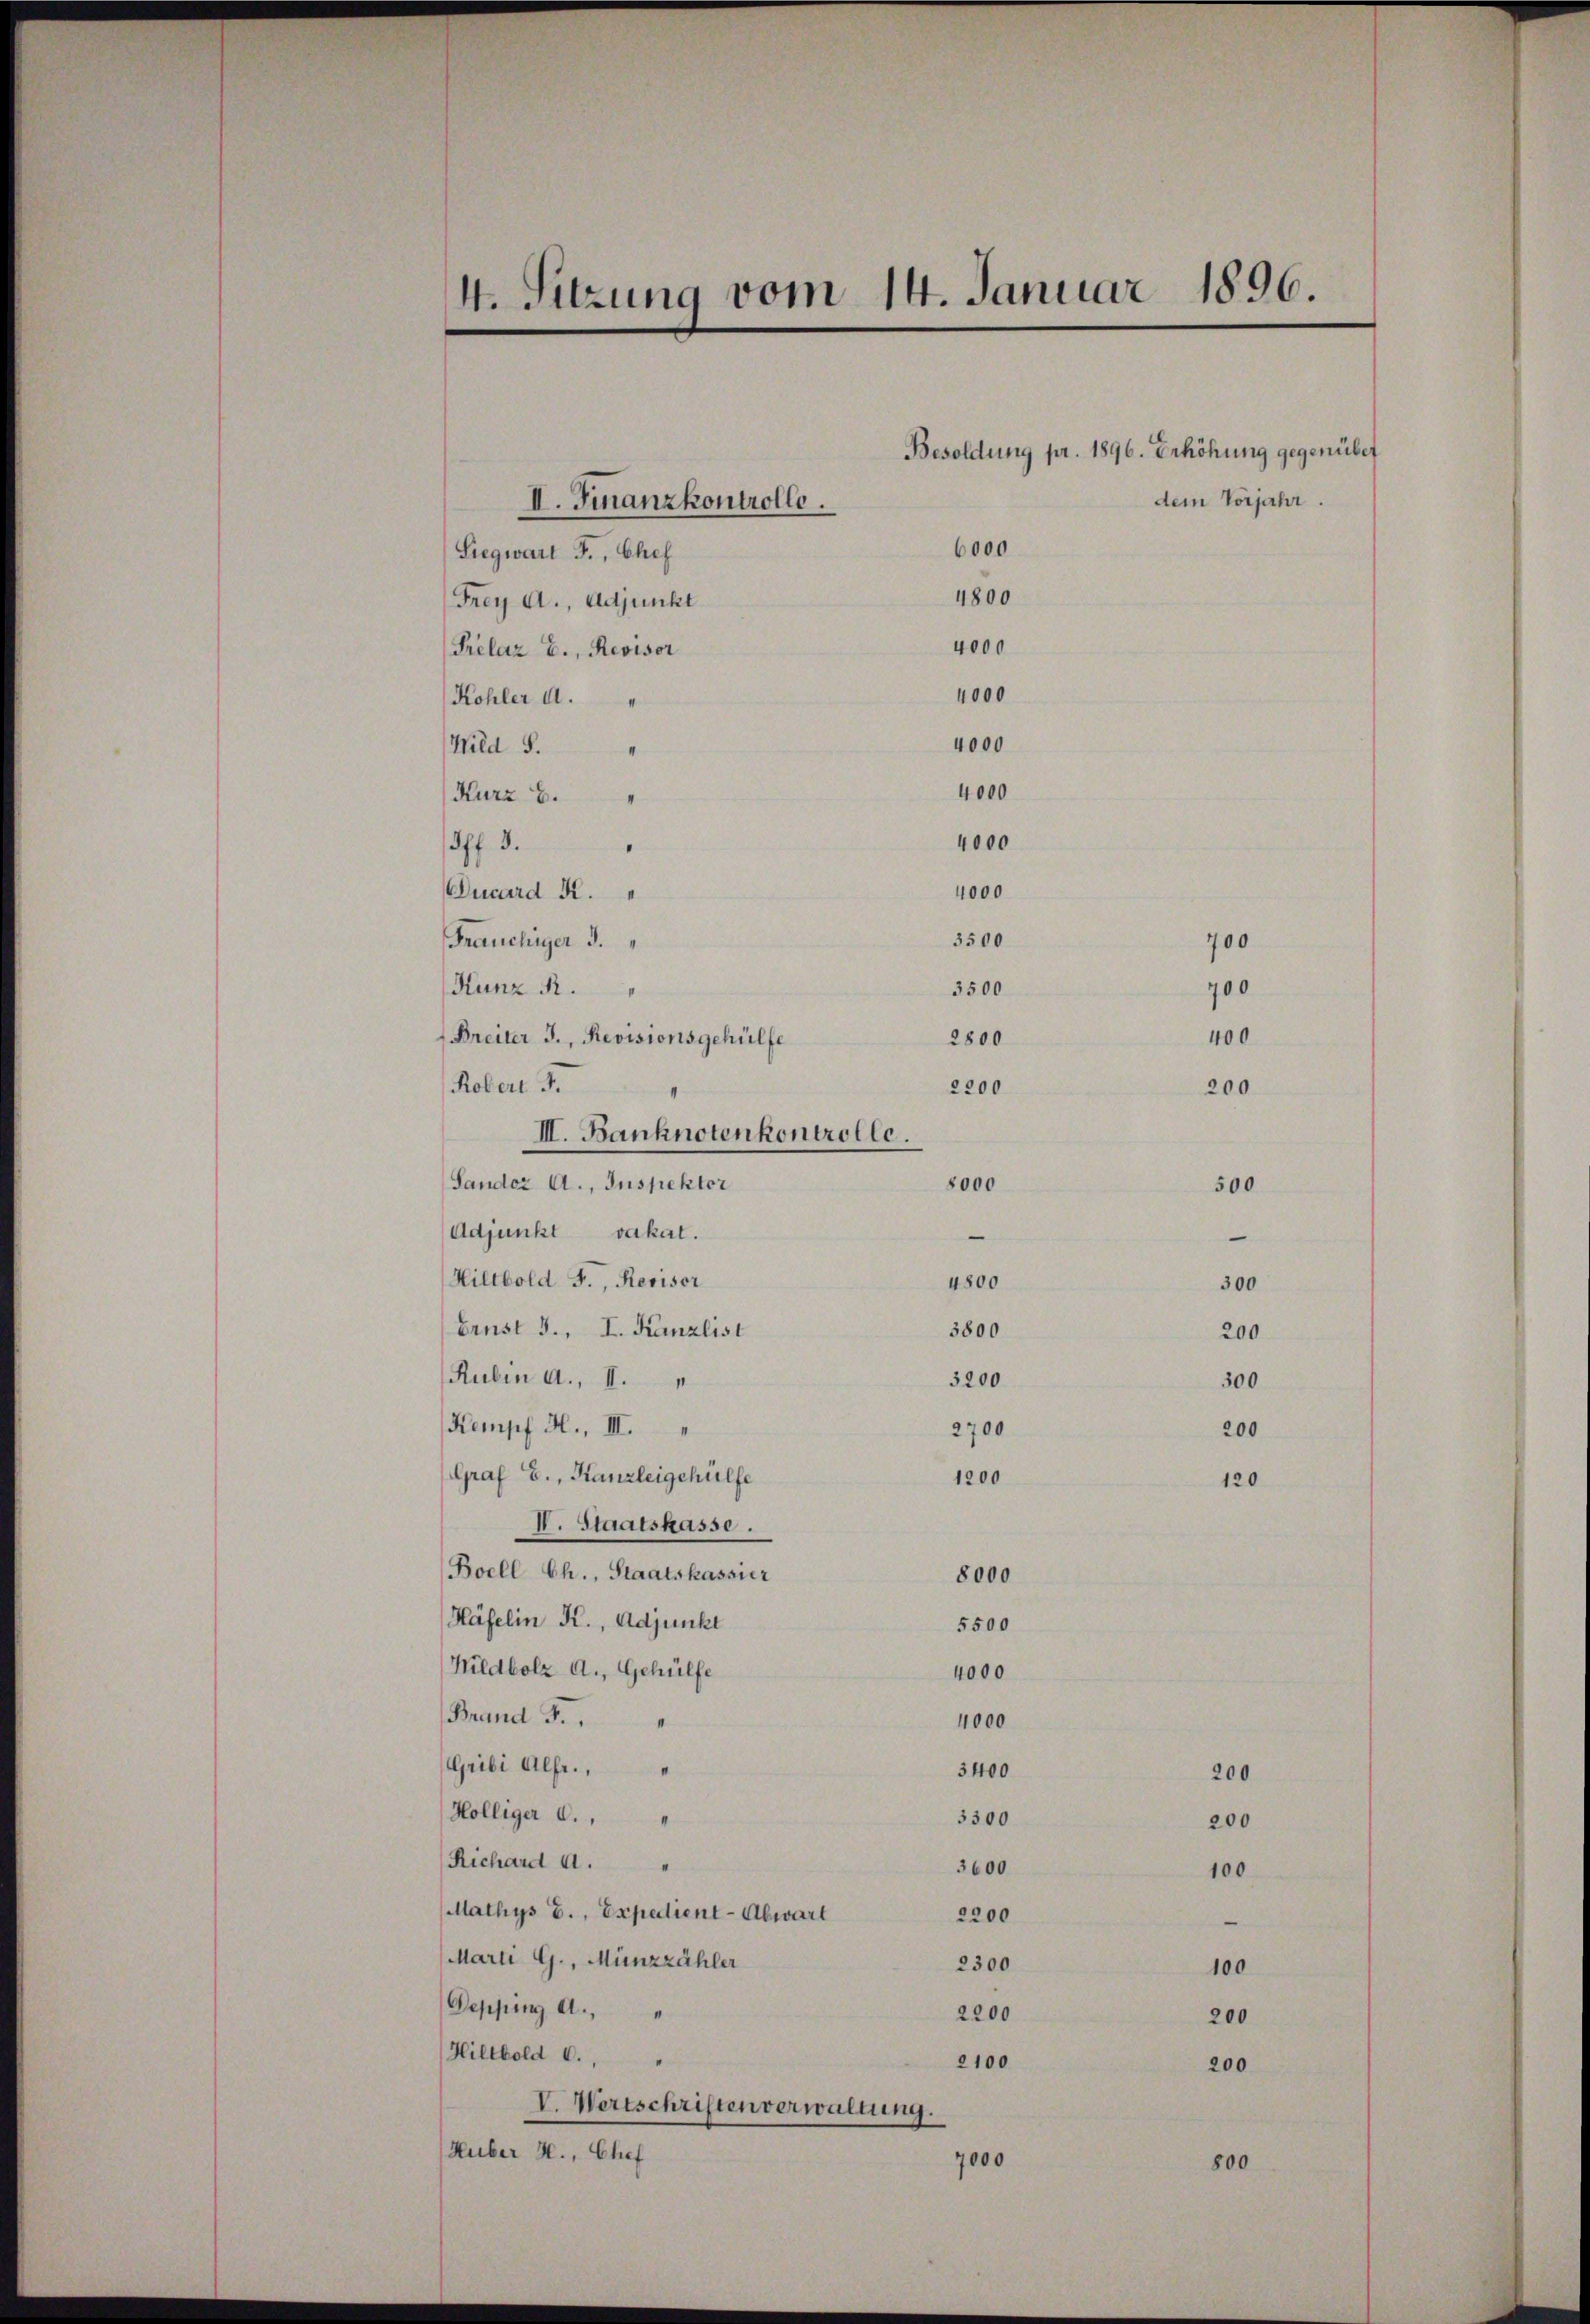
Siegwart F., Chef
Frey A., Adjunkt
Prélaz E., Revisor
Kohler u.
Wild S.
I
Kurz 6.
off. 3.
Ducard K.
Fräuchiger 3.
Kunz R.
Breiter J., Revisionsgehülfe
Rober 3.
III. Banknotenkontrolle.
Sander A., Inspektor
Adjunkt vakal.
Hiltbold F., Revisor
Ernst 3., I. Kanzlist
Rubin a., II.
3200
Kempf H., III.
2700
Graf E., Kanzleigehülfe
1200
V. Staatskasse.
Boell Ch., Staatskassier
8000
Häfelin K., Adjunkt
5500
Hildbolz A., Gehülfe
4000
Brand F.
4000
Gribi Alfr.,
3400
Hölliger d.
3300
Richard M.
3600
Mathys E., Expedient - Abwart
2200
Marti G., Münzzähler
2300
Depping A.,
2200
Hiltbold c.,
2100
V. Wertschriften verwaltung.
Huber H., Chef
7000

4. Sitzung vom 14. Januar 1896.

II. Finanzkontrolle.

8000

6000
4000
3500
700
3500
700
400
2800
2200
200

4800
4000
4000
4000
4000
4000

4800
3800

Besoldung pr. 1896. Erhöhung gegenüber
dem Vorjahr.

500

e
300

12

200

200

00

200

200
100

100
200
200

800